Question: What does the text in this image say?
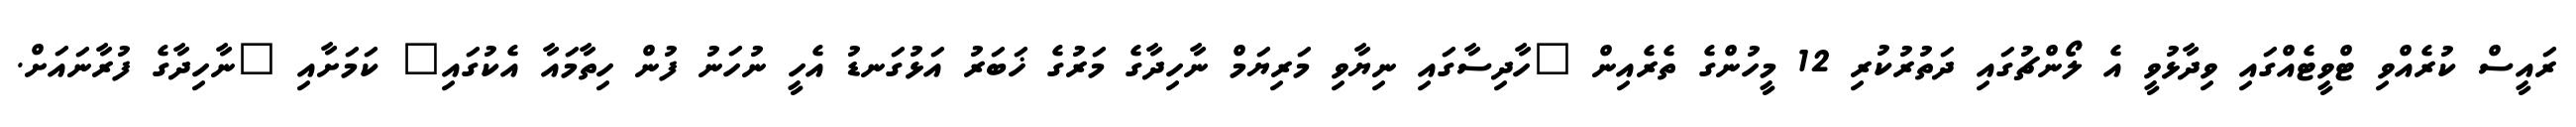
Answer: ރައީސް ކުރެއްވި ޓްވީޓެއްގައި ވިދާޅުވީ އެ ލޯންޗުގައި ދަތުރުކުރި 12 މީހުންގެ ތެރެއިން "ހާދިސާގައި ނިޔާވި މަރިޔަމް ނާހިދާގެ މަރުގެ ޚަބަރު އަޅުގަނޑު އެހީ ނުހަނު ފުން ހިތާމައާ އެކުގައި" ކަމަށާއި "ނާހިދާގެ ފުރާނައަށް.